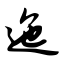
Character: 迤